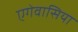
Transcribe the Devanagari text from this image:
एगेवासिया